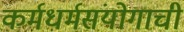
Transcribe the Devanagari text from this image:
कर्मधर्मसंयोगाची